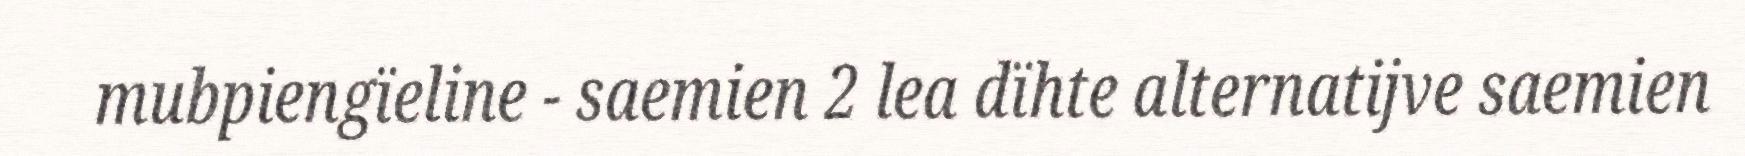
mubpiengïeline - saemien 2 lea dïhte alternatijve saemien